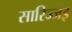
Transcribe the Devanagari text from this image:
सारिज्जइ